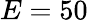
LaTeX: E=50